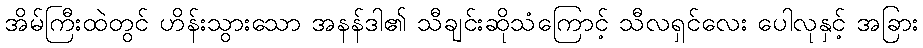
အိမ်ကြီးထဲတွင် ဟိန်းသွားသော အနန်ဒါ၏ သီချင်းဆိုသံကြောင့် သီလရှင်လေး ပေါလုနှင့် အခြား